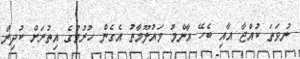
ނުވަތަ ކުއްޖާ އާއި ބެހޭ އާންމު މައުލޫމާތު އެގެން ހުރުމުގެ އިތުރަށް ކުދިން